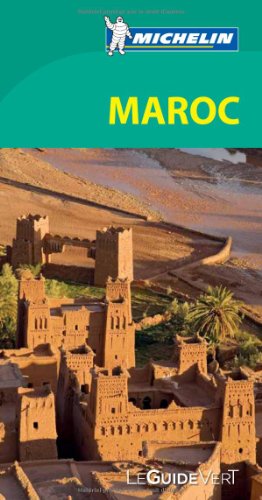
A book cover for Guide vert Maroc [green guide Morocco] (French Edition); Michelin; Travel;